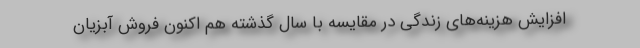
افزایش هزینه‌های زندگی در مقایسه با سال گذشته هم اکنون فروش آبزیان